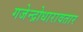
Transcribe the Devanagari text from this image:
गजेन्द्रोधारावतार